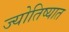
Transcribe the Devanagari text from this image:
ज्योतिष्यात